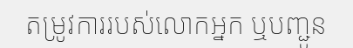
តម្រូវការរបស់លោកអ្នក ឬបញ្ជូន